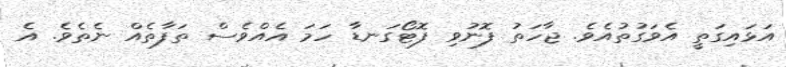
އަޅައިގަތީ އެވަގުތުއެވެ. ޖާހަތު ފޮނުވި ފޮޓޯގަނޑާ ހަމަ އެއްވެސް ތަފާތެއް ނެތެވެ. އެ